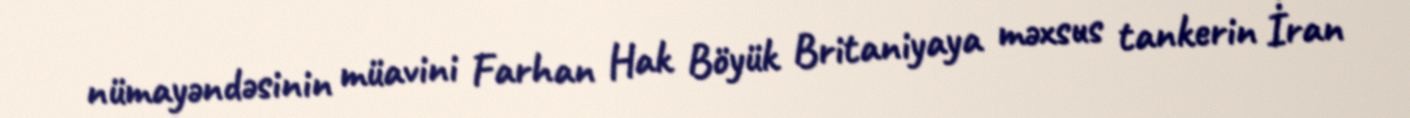
nümayəndəsinin müavini Farhan Hak Böyük Britaniyaya məxsus tankerin İran